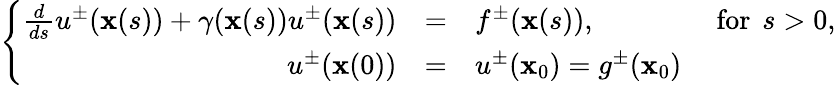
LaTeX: \left\{ \begin{array}{rcll}{\frac{d}{ds}u^{\pm}(\mathbf{x}(s))+\gamma(\mathbf{x}(s))u^{\pm}(\mathbf{x}(s))}&{=}&{f^{\pm}(\mathbf{x}(s)),}&{\mathrm{~for~}\, s>0,}\\ {u^{\pm}(\mathbf{x}(0))}&{=}&{u^{\pm}(\mathbf{x}_{0})=g^{\pm}(\mathbf{x}_{0})}&\end{array}\right.